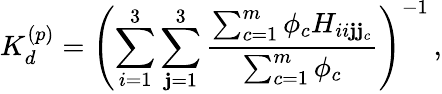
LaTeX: K_{d}^{(p)}=\left(\sum_{i=1}^{3}\sum_{\mathbf{j}=1}^{3}\frac{{\sum_{c=1}^{m}\phi_{c}H_{ii\mathbf{j}\mathbf{j}_{c}}}}{{\sum_{c=1}^{m}\phi_{c}}}\right)^{-1}\, ,